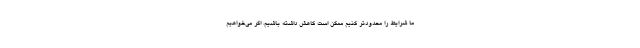
ما شرایط را محدودتر کنیم ممکن است کاهش داشته باشیم، اگر می‌خواهیم